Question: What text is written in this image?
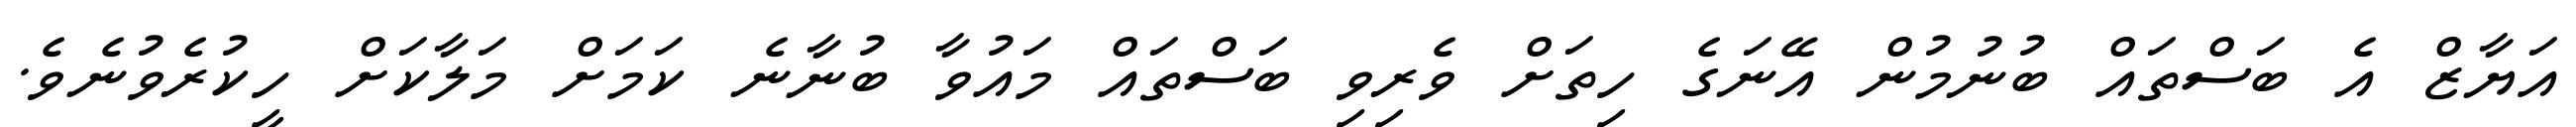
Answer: އަޔާޒް އެ ބަސްތައް ބުނުމުން އޭނަގެ ހިތަށް ވެރިވި ބަސްތައް މައުވާ ބުނާނެ ކަމަށް މަލާކަށް ހީކުރެވުނެވެ.